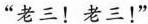
“老三!老三!”